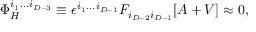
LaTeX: \Phi _ { H } ^ { i _ { 1 } . . . i _ { D - 3 } } \equiv \epsilon ^ { i _ { 1 } . . . i _ { D - 1 } } F _ { i _ { D - 2 } i _ { D - 1 } } [ A + V ] \approx 0 ,